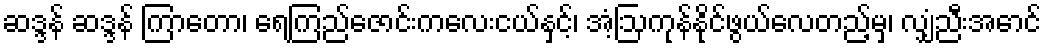
ဆဒ္ဒန် ဆဒ္ဒန် ကြာတော၊ ရေကြည်ဇောင်းကလေးငယ်နှင့်၊ အံ့ဩကုန်နိုင်ဖွယ်လေတည့်မှ၊ လျှံညီးအောင်